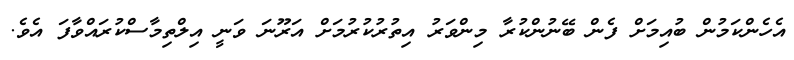
އެހެންކަމުން ބުއިމަށް ފެން ބޭނުންކުރާ މިންވަރު އިތުރުކުރުމަށް އަރޫނަ ވަނީ އިލްތިމާސްކުރައްވާފަ އެވެ.